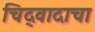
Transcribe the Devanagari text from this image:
चिद्‌वादाचा